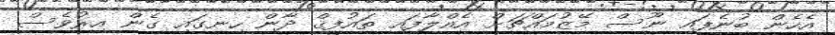
އެހެން ބުނެފައި ނޫސް މޭޒުމައްޗަށް އެއްލާފައި ތައުފީޤް ދާން ހިނގައި ގެން އިރުވެސް